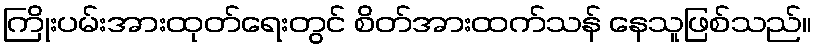
ကြိုးပမ်းအားထုတ်ရေးတွင် စိတ်အားထက်သန် နေသူဖြစ်သည်။